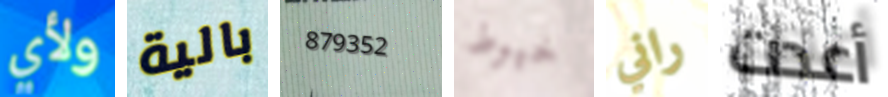
ولأي بالية 879352 خيوط راني أعدت